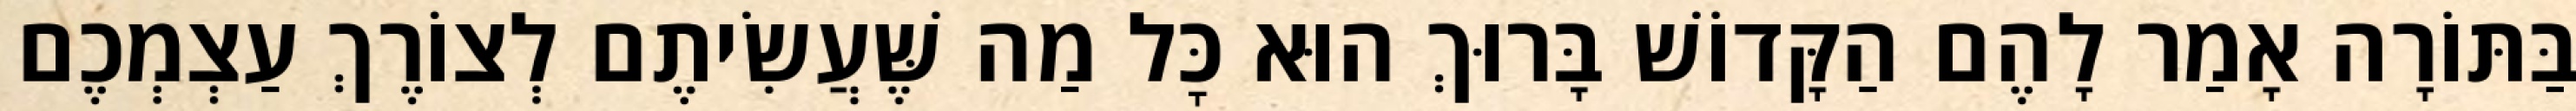
בַּתּוֹרָה אָמַר לָהֶם הַקָּדוֹשׁ בָּרוּךְ הוּא כׇּל מַה שֶּׁעֲשִׂיתֶם לְצוֹרֶךְ עַצְמְכֶם